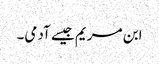
ابن مریم جیسے آدمی۔